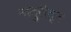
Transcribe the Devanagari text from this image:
नांदुरीतून